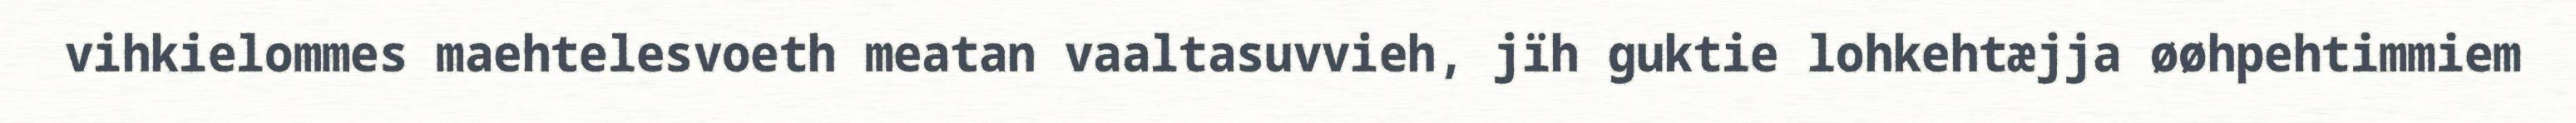
vihkielommes maehtelesvoeth meatan vaaltasuvvieh, jïh guktie lohkehtæjja øøhpehtimmiem